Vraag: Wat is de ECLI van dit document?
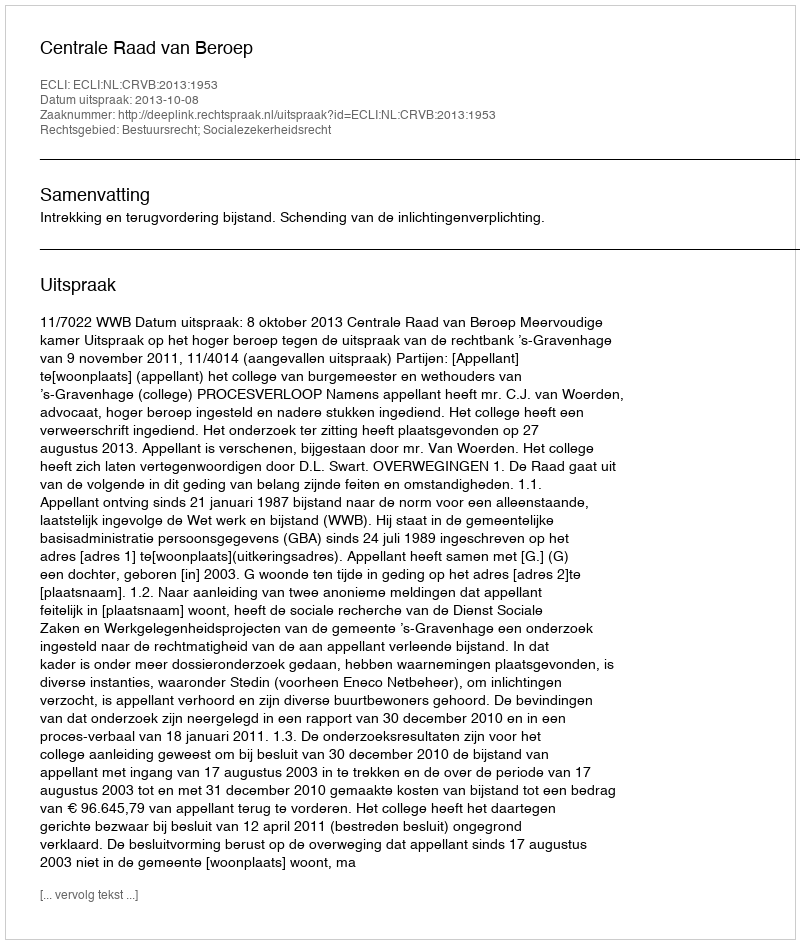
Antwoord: ECLI:NL:CRVB:2013:1953